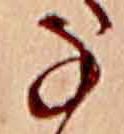
な